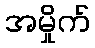
အမှိုက်